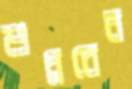
শুধ্‌রবেন